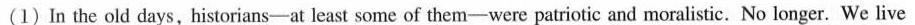
(1)In the old days,historians-at least some of them-were patriotic and moralistic. No longer. We live